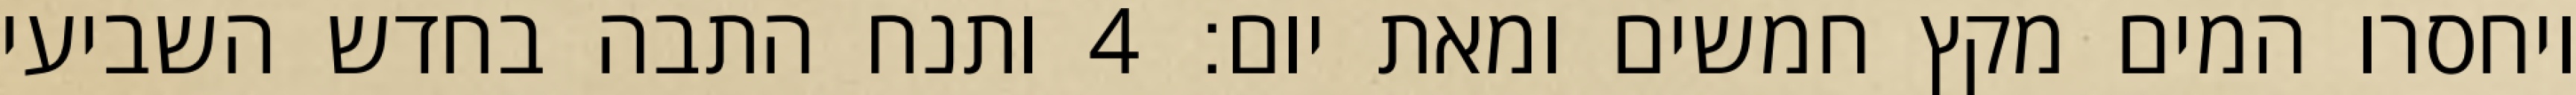
ויחסרו המים מקץ חמשים ומאת יום׃ ‎4‏ ותנח התבה בחדש השביעי